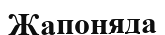
Жапоняда